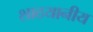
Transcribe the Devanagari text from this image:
शाठयानीय